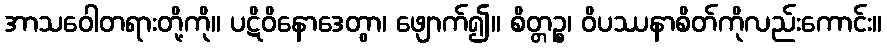
အာသဝေါတရားတို့ကို။ ပဋိဝိနောဒေတွာ၊ ဖျောက်၍။ စိတ္တဉ္စ၊ ဝိပဿနာစိတ်ကိုလည်းကောင်း။